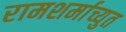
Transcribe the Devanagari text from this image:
रामशर्माच्युत